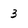
Character: 3